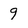
Character: 9